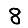
Digit: 8